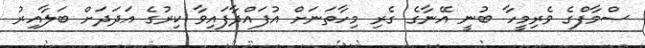
ސްމާފްގެ ވެރިމީހާ ބުނީ އޭނާގެ ގެރި މިހާތަނަށް އުފައްދާފައިވާ ކިރުގެ އަދަދަށް ބަލާއިރު